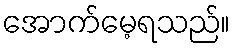
အောက်မေ့ရသည်။